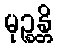
မုဉ္စန္တိ